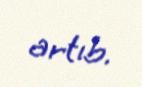
artıb.